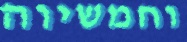
וחמשיוה